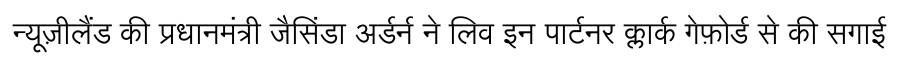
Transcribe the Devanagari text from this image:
न्यूज़ीलैंड की प्रधानमंत्री जैसिंडा अर्डर्न ने लिव इन पार्टनर क्लार्क गेफ़ोर्ड से की सगाई